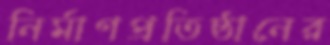
নির্মাণপ্রতিষ্ঠানের